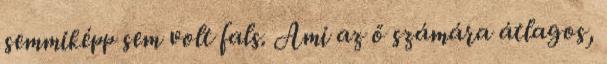
semmiképp sem volt fals. Ami az ő számára átlagos,